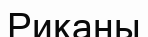
Риканы